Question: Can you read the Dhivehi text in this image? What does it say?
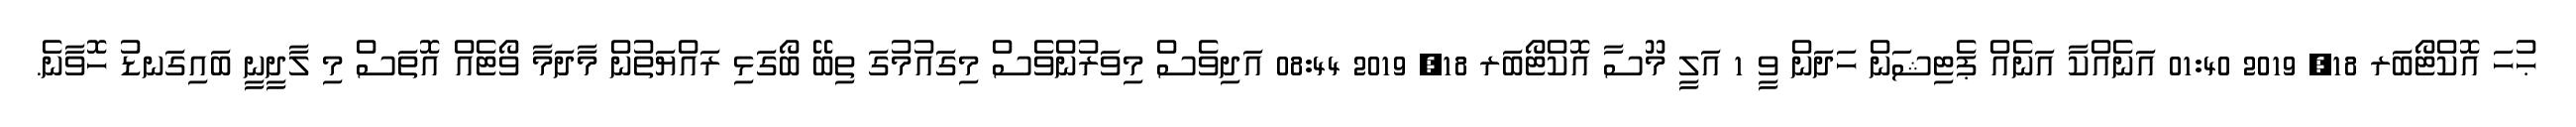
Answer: ޙުހަ އޮކްޓޯބަރ 18, 2019 01:40 އަނެއްކާ އަނެއް ޕެޓިޝަން ހަދަން ވީ 1 އަލީ މޫސާ އޮކްޓޯބަރ 18, 2019 08:44 އަދިވެސް މިވަރުންވެސް މިގައުމުގަ ތިބޭ ބޯގަޅި ރައްޔަތުން މާދަމާ ވޯޓެއް އޮތަސް މި ލާދީނީ ބައިގަނޑު ހޮވާނެ.